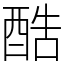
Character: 酷